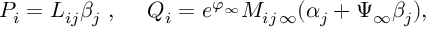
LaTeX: P _ { i } = L _ { i j } { \beta } _ { j } \ , \ \ \ \ Q _ { i } = e ^ { \varphi _ { \infty } } M _ { i j \, \infty } ( \alpha _ { j } + \Psi _ { \infty } \beta _ { j } ) ,